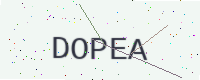
Text: DOPEA